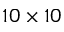
1 0 \times 1 0